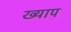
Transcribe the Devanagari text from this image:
ख्याप